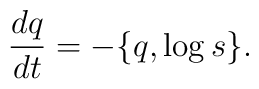
\frac{dq}{dt} = - \{q,\log{s}\}.